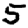
Digit: 5